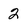
Character: 2